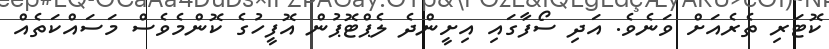
ކޮޓަރި ތެރެއަށް ވަނެވެ. އަދި ސޯފާގައި އިށީންދެ ލެޕްޓޮޕުން އޮފީހުގެ ކޮންމެވެސް މަސައްކަތެއް